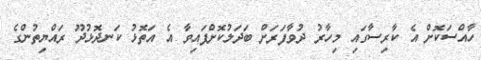
ހާއްސަކޮށް އެ ކާރިސާގައި މިހާރު ދުވާފަރަށް ބަދަލުކޮށްފައިވާ އެ އަތޮޅު ކަނދޮޅުދޫ ރައްޔިތުންގެ